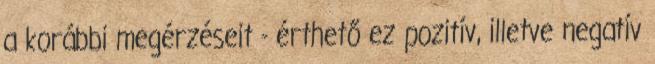
a korábbi megérzéseit - érthető ez pozitív, illetve negatív